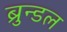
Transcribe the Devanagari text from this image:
ब्रुन्डल